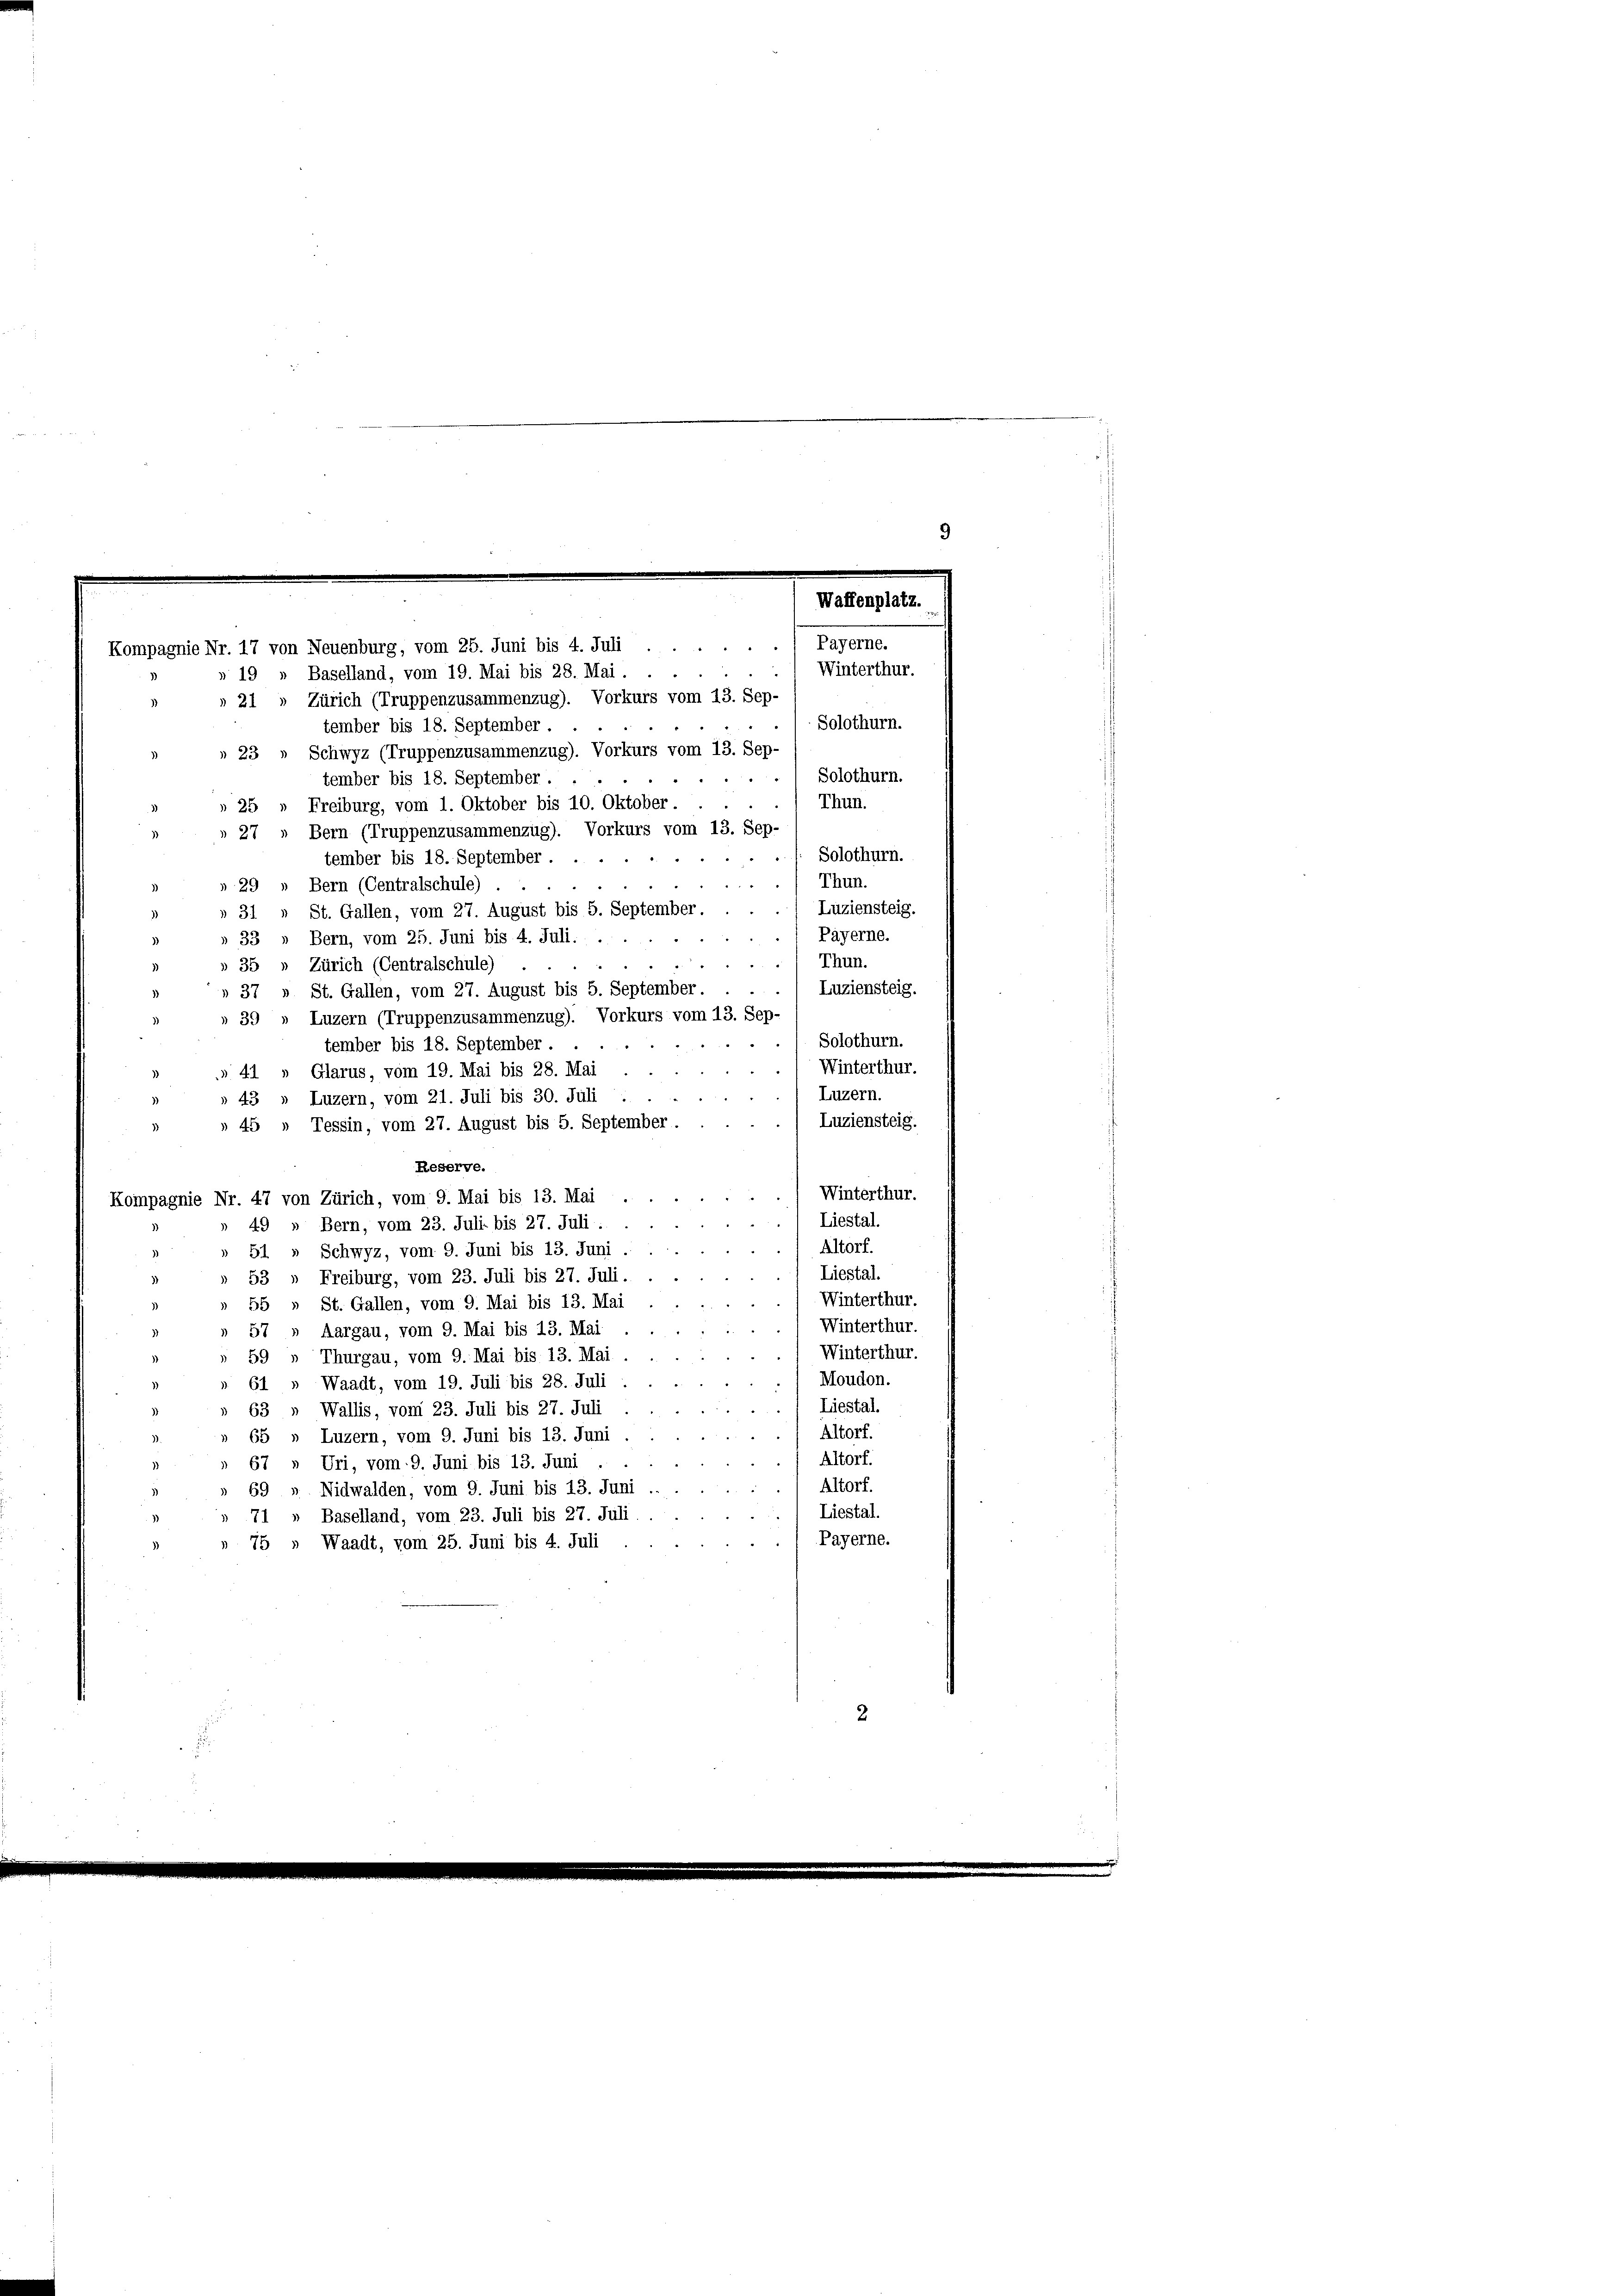
9
Waffenplatz.
Payerne.
Kompagnie Nr. 17 von Neuenburg, vom 25. Juni bis 4. Juli ...
. Winterthur.
» 19 » Baselland, vom 19. Mai bis 28. Mai.

Zürich (Truppenzusammenzug). Vorkurs vom 13. Sep-
21
Solothurn.
tember bis 18. September.
 23 " Schwyz (Truppenzusammenzug). Vorkurs vom 13. Sep.
. Solothurn.
tember bis 18. September.
Thun.
2
» 25 " Freiburg, vom 1. Oktober bis 10. Oktober.
» 27 » Bern (Truppenzusammenzug). Vorkurs vom 13. Sep-
Solothurn.
tember bis 18. September.
Thun.
» 29 » Bern (Centralschule)
Luziensteig.
31 „ St. Gallen, vom 27. August bis 5. September.
Payerne.
» 33 n Bern, vom 25. Juni bis 4. Juli.
Thun.
Zürich (Centralschule)

 35
Luziensteig.
37 » St. Gallen, vom 27. August bis 5. September. . .
Luzern (Truppenzusammenzug). Vorkurs vom 13. Sep-
§ 39
Solothurn.
tember bis 18. September.
Winterthur.
» 41 » Glarus, vom 19. Mai bis 28. Mai
.
Luzern
43 „ Luzern, vom 21. Juli bis 30. Juli
3)
Luziensteig.
» 45 » Tessin, vom 27. August bis 5. September.
Reserve.
) Winterthur.
Kompagnie Nr. 47 von Zürich, vom 9. Mai bis 13. Mai
. Liestal.
49 » Bern, vom 23. Juli bis 27. Juli.
Altorf.
51 » Schwyz, vom 9. Juni bis 13. Juni .
Liestal.
53 " Freiburg, vom 23. Juli bis 27. Juli.
Winterthur.
55 » St. Gallen, vom 9. Mai bis 13. Mai
Winterthur.
57 » Aargau, vom 9. Mai bis 13. Mai
) Winterthur.
Thurgau, vom 9. Mai bis 13. Mai
59
Moudon.
Waadt, vom 19. Juli bis 28. Juli
61
.
Liestal.
2
63 » Wallis, vom 23. Juli bis 27. Juli
Altorf.
65 » Luzern, vom 9. Juni bis 13. Juni
) Altorf.
Uri, vom 9. Juni bis 13. Juni
67
Altorf.
69 » Nidwalden, vom 9. Juni bis 13. Juni ..
Liestal.
71 Baselland, vom 23. Juli bis 27. Juli
Payerne.
 75 » Waadt, vom 25. Juni bis 4. Juli
2
s